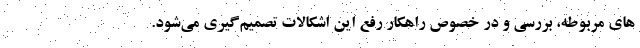
های مربوطه، بررسی و در خصوص راهکار رفع این اشکالات تصمیم‌گیری می‌شود.